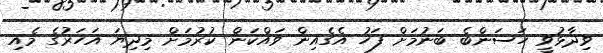
ވިދާޅުވީ ހަސަންބެ ބަނުމަށް ފަހު އެގެއިން ވައްކަން ކުރުމަށް މިދިޔަ އަހަރުގެ މެއި